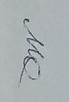
Signature authenticity: genuine